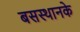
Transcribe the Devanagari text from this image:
बसस्थानके